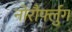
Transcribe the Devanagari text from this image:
नोरौर्फ्लुग